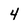
Character: 4